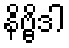
နိဗ္ဗိဒါ